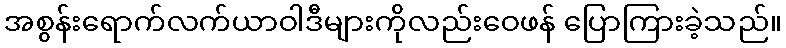
အစွန်းရောက်လက်ယာဝါဒီများကိုလည်းဝေဖန် ပြောကြားခဲ့သည်။